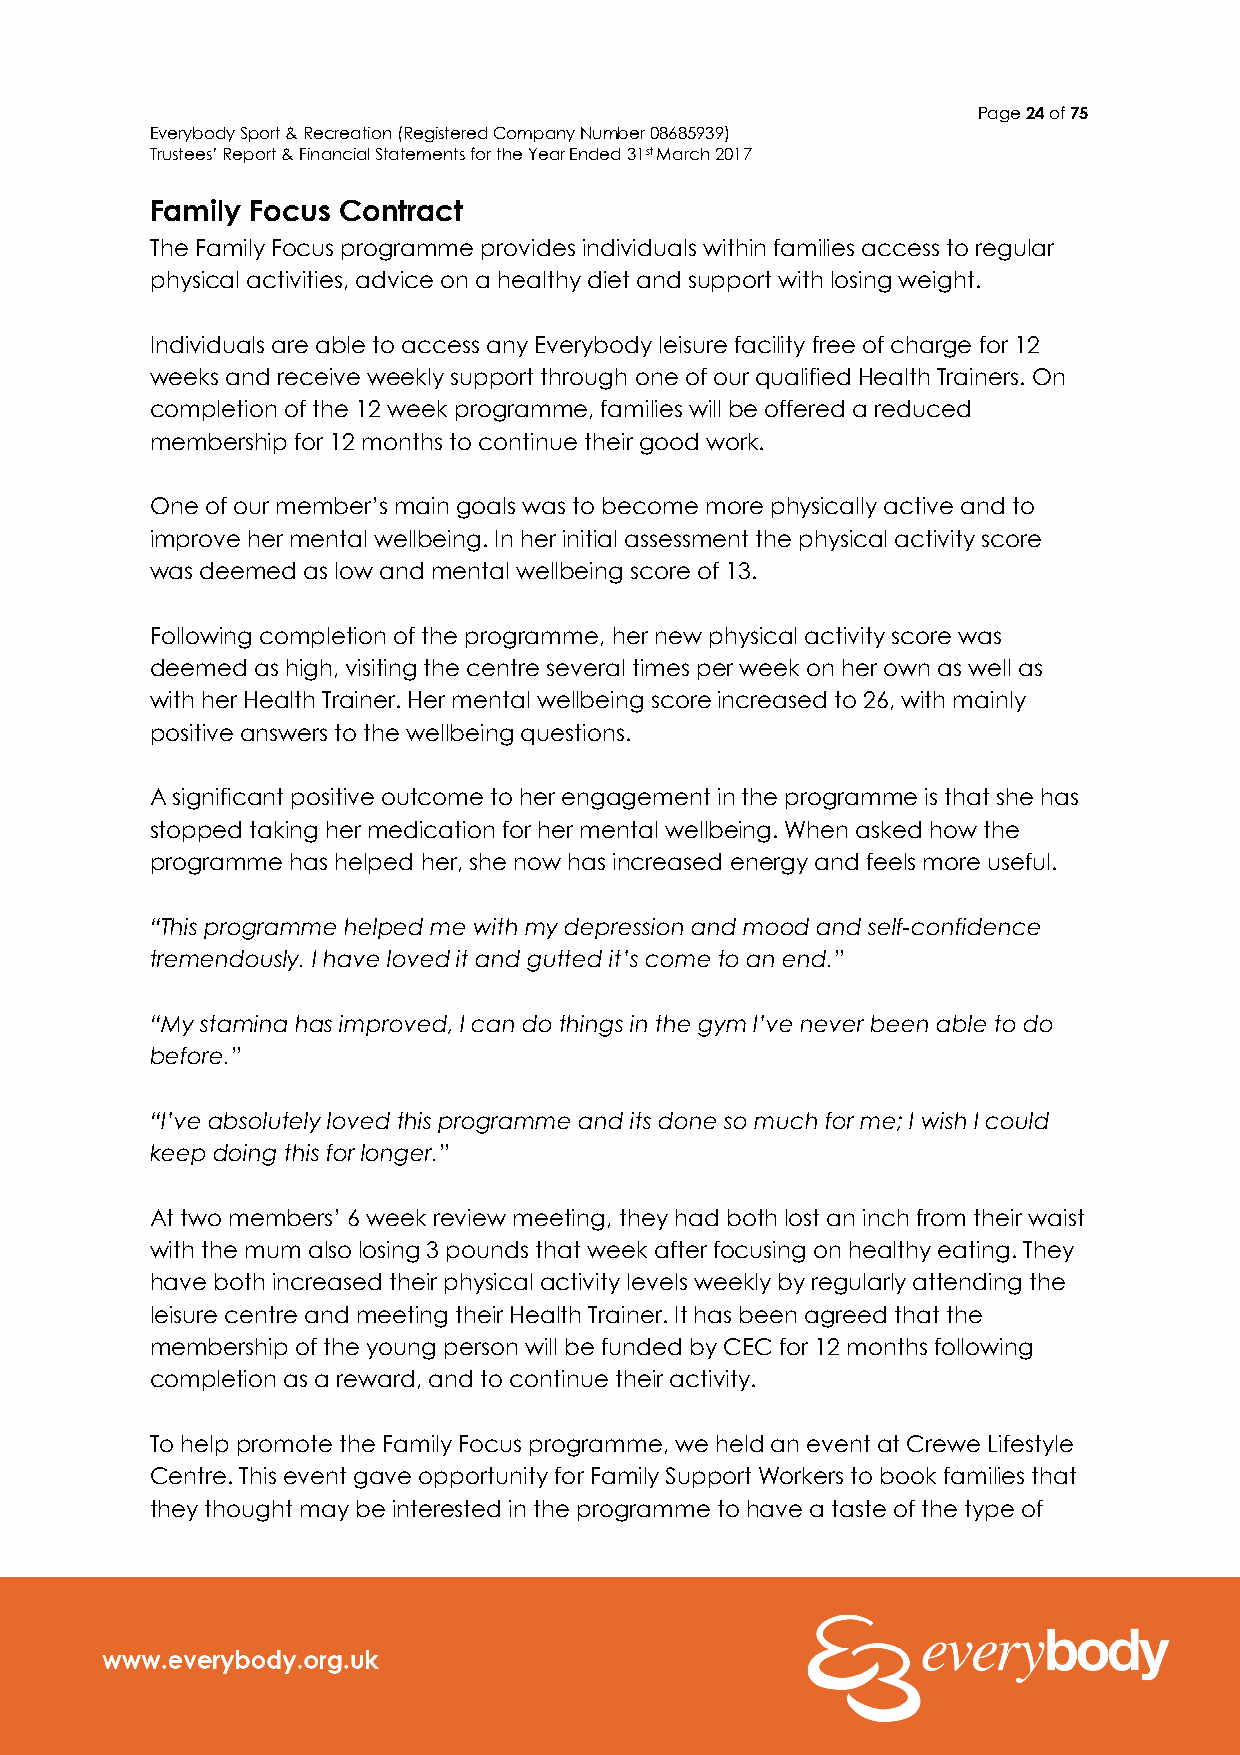
Page 24 of 75
 Everybody Sport & Recreation (Registered Company Number 08685939)
 Trustees’ Report & Financial Statements for the Year Ended 31st March 2017
 Family Focus Contract
 The Family Focus programme provides individuals within families access to regular
 physical activities, advice on a healthy diet and support with losing weight.
 Individuals are able to access any Everybody leisure facility free of charge for 12
 weeks and receive weekly support through one of our qualified Health Trainers. On
 completion of the 12 week programme, families will be offered a reduced
 membership for 12 months to continue their good work.
 One of our member’s main goals was to become more physically active and to
 improve her mental wellbeing. In her initial assessment the physical activity score
 was deemed as low and mental wellbeing score of 13.
 Following completion of the programme, her new physical activity score was
 deemed as high, visiting the centre several times per week on her own as well as
 with her Health Trainer. Her mental wellbeing score increased to 26, with mainly
 positive answers to the wellbeing questions.
 A significant positive outcome to her engagement in the programme is that she has
 stopped taking her medication for her mental wellbeing. When asked how the
 programme has helped her, she now has increased energy and feels more useful.
 “This programme helped me with my depression and mood and self-confidence
 tremendously. I have loved it and gutted it’s come to an end.”
 “My stamina has improved, I can do things in the gym I’ve never been able to do
 before.”
 “I’ve absolutely loved this programme and its done so much for me; I wish I could
 keep doing this for longer.”
 At two members’ 6 week review meeting, they had both lost an inch from their waist
 with the mum also losing 3 pounds that week after focusing on healthy eating. They
 have both increased their physical activity levels weekly by regularly attending the
 leisure centre and meeting their Health Trainer. It has been agreed that the
 membership of the young person will be funded by CEC for 12 months following
 completion as a reward, and to continue their activity.
 To help promote the Family Focus programme, we held an event at Crewe Lifestyle
 Centre. This event gave opportunity for Family Support Workers to book families that
 they thought may be interested in the programme to have a taste of the type of